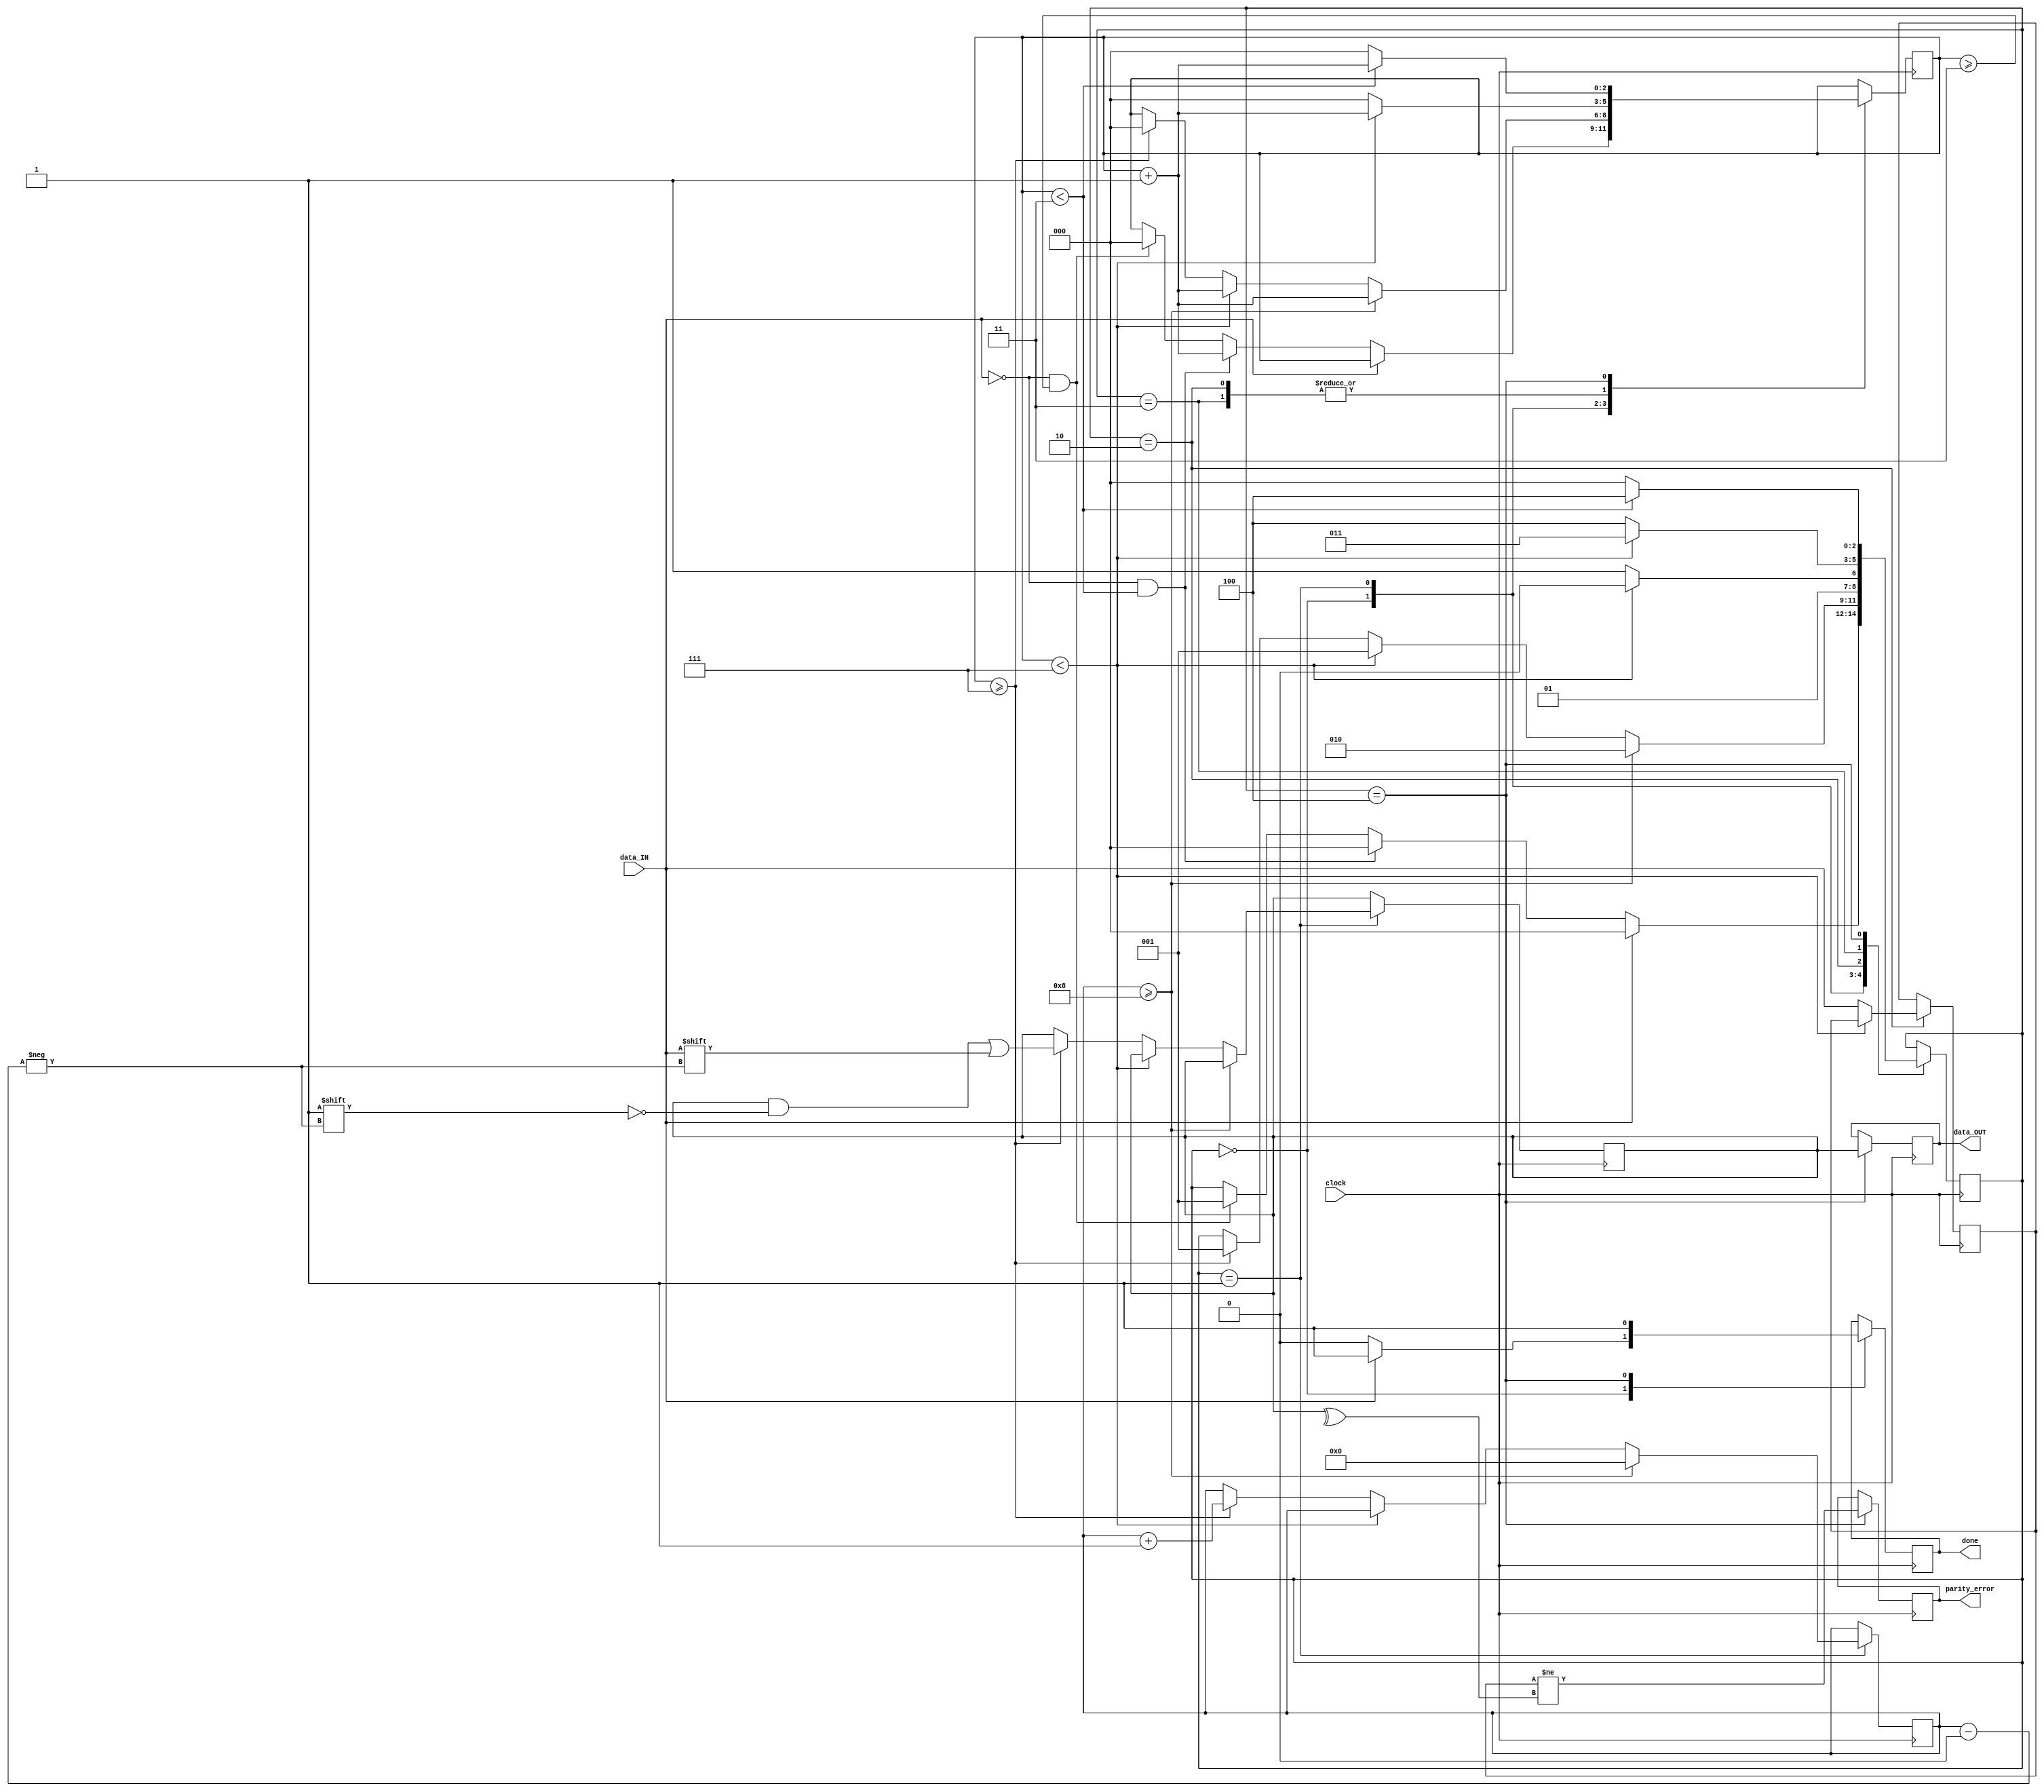
module UART_receiver (
    input            clock,
    input            data_IN,
    output reg [7:0] data_OUT,
    output reg       done,
    output reg       parity_error
);
parameter IDLE = 0, READ = 1, PARITY = 2, STOP_1 = 3, STOP_2 = 4;

reg [2:0] state;
reg [2:0] cycle_count;
reg [3:0] bit_count;
reg [7:0] storage;
reg parity_bit;

initial begin
    state = IDLE;
    cycle_count = 0;
    bit_count = 0;
    storage = 0;
    parity_bit = 0;
    data_OUT = 0;
    done = 1;
    parity_error = 0;
end
/*
    8x oversampling :: make sure input clock is eight times
        faster than the baud rate of data_IN.
*/

//  next_state logic
always@(posedge clock) begin
    case (state)
        IDLE:   // wait until input signal is validated
        begin   // and begin mid-bit sampling loop
            if (data_IN)
            begin   // loop-back arc
                state <= IDLE;
            end
            else if (!data_IN && cycle_count < 3)
            begin   //  cycle increment arc
                cycle_count <= cycle_count + 1;
                state <= IDLE;
            end
            else if (!data_IN && cycle_count >= 3)
            begin   // READ transition arc
                cycle_count <= 0;
                state <= READ;
            end
        end
        READ:   // wait until clock sampling at mid-bit
        begin   // and capture input signal for 8 cycles
            if (bit_count >= 8)
            begin   // PARITY transition arc
                bit_count <= 0;
                cycle_count <= cycle_count + 1;
                state <= PARITY;
            end
            else if (cycle_count < 7)
            begin   // cycle increment arc
                cycle_count <= cycle_count + 1;
                state <= READ;
            end
            else if (cycle_count >= 7)
            begin   // mid-bit capture arc
                storage[bit_count] <= data_IN;
                bit_count <= bit_count + 1;
                cycle_count <= 0;
                state <= READ;
            end
        end
        PARITY: //
        begin   //
            if (cycle_count < 7)
            begin   // cycle increment arc
                cycle_count <= cycle_count + 1;
                state <= PARITY;
            end
            else
            begin   // STOP_1 transition arc
                cycle_count <= 0;
                parity_bit <= data_IN;
                state <= STOP_1;
            end
        end
        STOP_1: //
        begin   //
            if (cycle_count < 7)
            begin   // cycle increment arc
                cycle_count <= cycle_count + 1;
                state <= STOP_1;
            end
            else
            begin   // STOP_2 transition arc
                cycle_count <= 0;
                state <= STOP_2;
            end
        end
        STOP_2: //
        begin   //
            if (cycle_count < 3)
            begin   // cycle increment arc
                cycle_count <= cycle_count + 1;
                state <= STOP_2;
            end
            else
            begin   // IDLE transition arc
                cycle_count <= 0;
                state <= IDLE;
            end
        end
    endcase
end

// output logic
always@(posedge clock) begin
    case (state)
        IDLE:
        begin
            if (data_IN)
            begin
                done <= 1;
            end
            else
            begin
                done <= 0;
            end
        end
        READ:
        begin
        end
        PARITY:
        begin
        end
        STOP_1:
        begin
        end
        STOP_2:
        begin
            done <= 1;
            data_OUT <= storage;
            parity_error <= parity_bit != ^storage;
        end
    endcase
end

endmodule